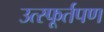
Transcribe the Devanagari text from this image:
उत्स्फूर्तपण